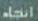
انجاه